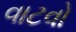
વાટવો